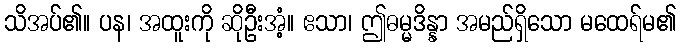
သိအပ်၏။ ပန၊ အထူးကို ဆိုဦးအံ့။ ဧသာ၊ ဤဓမ္မဒိန္နာ အမည်ရှိသော မထေရ်မ၏